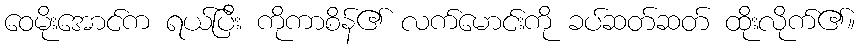
ဝေမိုးအောင်က ရယ်ပြီး ကိုကာစိန်၏ လက်မောင်းကို ခပ်ဆတ်ဆတ် ထိုးလိုက်၏။